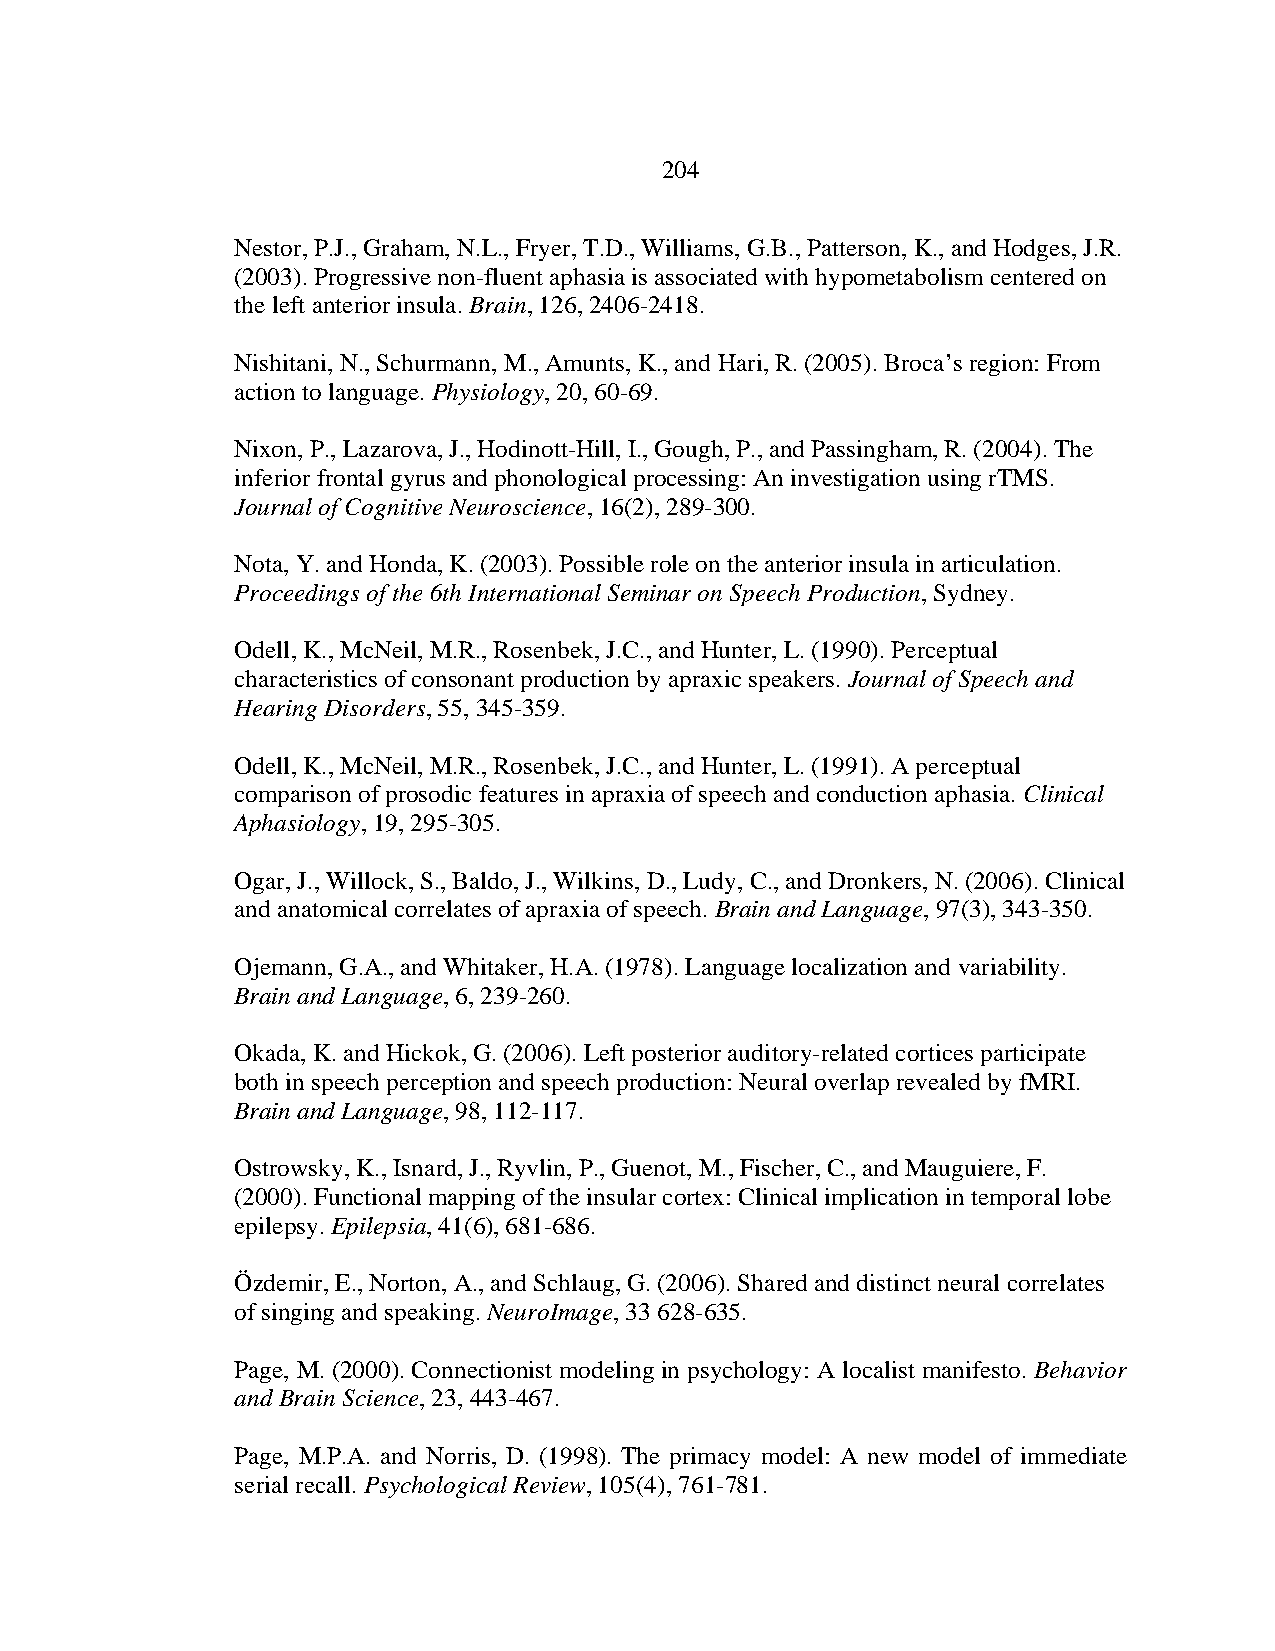
204
 Nestor, P.J., Graham, N.L., Fryer, T.D., Williams, G.B., Patterson, K., and Hodges, J.R.
 (2003). Progressive non-fluent aphasia is associated with hypometabolism centered on
 the left anterior insula. Brain, 126, 2406-2418.
 Nishitani, N., Schurmann, M., Amunts, K., and Hari, R. (2005). Broca’s region: From
 action to language. Physiology, 20, 60-69.
 Nixon, P., Lazarova, J., Hodinott-Hill, I., Gough, P., and Passingham, R. (2004). The
 inferior frontal gyrus and phonological processing: An investigation using rTMS.
 Journal of Cognitive Neuroscience, 16(2), 289-300.
 Nota, Y. and Honda, K. (2003). Possible role on the anterior insula in articulation.
 Proceedings of the 6th International Seminar on Speech Production, Sydney.
 Odell, K., McNeil, M.R., Rosenbek, J.C., and Hunter, L. (1990). Perceptual
 characteristics of consonant production by apraxic speakers. Journal of Speech and
 Hearing Disorders, 55, 345-359.
 Odell, K., McNeil, M.R., Rosenbek, J.C., and Hunter, L. (1991). A perceptual
 comparison of prosodic features in apraxia of speech and conduction aphasia. Clinical
 Aphasiology, 19, 295-305.
 Ogar, J., Willock, S., Baldo, J., Wilkins, D., Ludy, C., and Dronkers, N. (2006). Clinical
 and anatomical correlates of apraxia of speech. Brain and Language, 97(3), 343-350.
 Ojemann, G.A., and Whitaker, H.A. (1978). Language localization and variability.
 Brain and Language, 6, 239-260.
 Okada, K. and Hickok, G. (2006). Left posterior auditory-related cortices participate
 both in speech perception and speech production: Neural overlap revealed by fMRI.
 Brain and Language, 98, 112-117.
 Ostrowsky, K., Isnard, J., Ryvlin, P., Guenot, M., Fischer, C., and Mauguiere, F.
 (2000). Functional mapping of the insular cortex: Clinical implication in temporal lobe
 epilepsy. Epilepsia, 41(6), 681-686.
 Özdemir, E., Norton, A., and Schlaug, G. (2006). Shared and distinct neural correlates
 of singing and speaking. NeuroImage, 33 628-635.
 Page, M. (2000). Connectionist modeling in psychology: A localist manifesto. Behavior
 and Brain Science, 23, 443-467.
 Page, M.P.A. and Norris, D. (1998). The primacy model: A new model of immediate
 serial recall. Psychological Review, 105(4), 761-781.